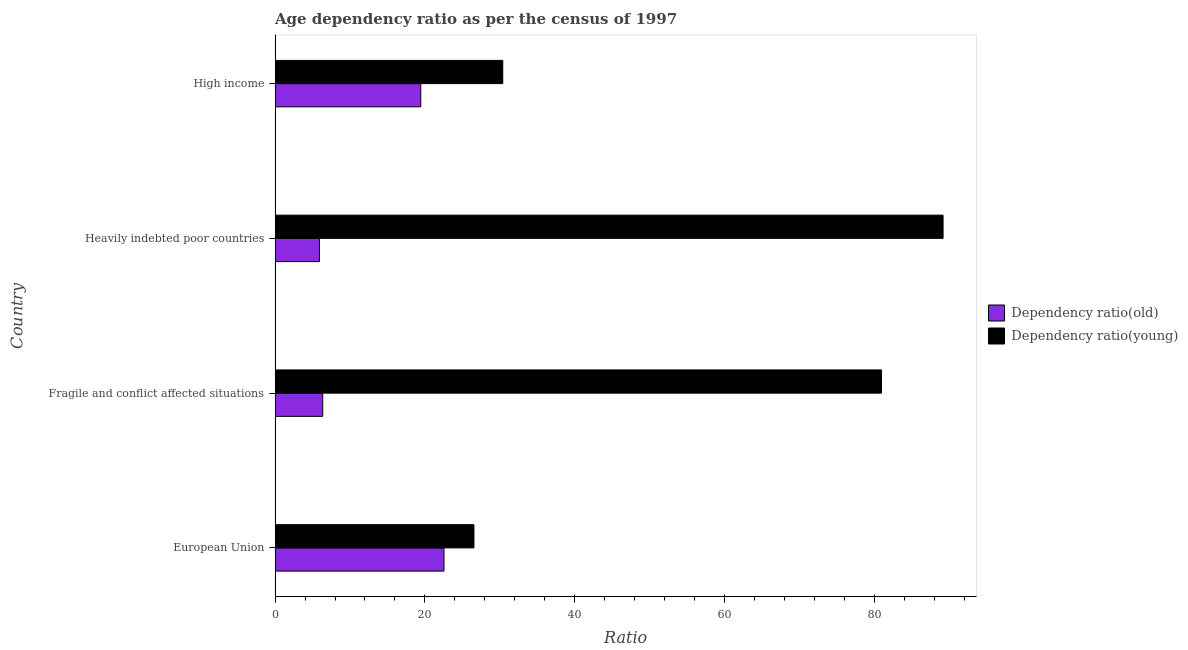
| Country | Dependency ratio(old) | Dependency ratio(young) |
 | --- | --- | --- |
 | European Union | 22.6 | 26.6 |
 | Fragile and conflict affected situations | 6.36 | 81 |
 | Heavily indebted poor countries | 5.92 | 89.2 |
 | High income | 19.5 | 30.4 |